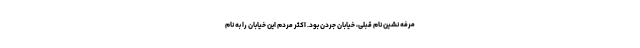
مرفه نشین نام قبلی، خيابان جردن بود. اكثر مردم اين خيابان را به نام